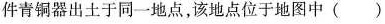
件青铜器出土于同一地点，该地点位于地图中( )